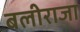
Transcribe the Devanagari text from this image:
बलीराजा